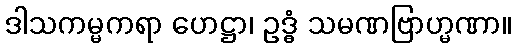
ဒါသကမ္မကရာ ဟေဋ္ဌာ၊ ဥဒ္ဓံ သမဏဗြာဟ္မဏာ။